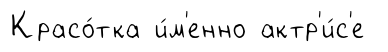
Красо́тка и́м'енно актр'и́с'е